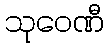
သုဝေဏီ